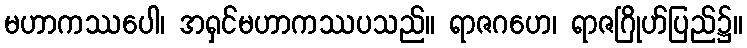
မဟာကဿပေါ၊ အရှင်မဟာကဿပသည်။ ရာဇဂဟေ၊ ရာဇဂြိုဟ်ပြည်၌။